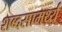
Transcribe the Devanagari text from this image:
शब्दसामर्थ्य